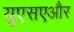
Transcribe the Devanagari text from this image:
यूएसएऔर